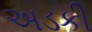
અડકી